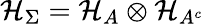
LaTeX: \mathcal{H}_{\Sigma}=\mathcal{H}_{A}\otimes\mathcal{H}_{A^{c}}